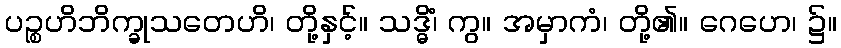
ပဉ္စဟိဘိက္ခုသတေဟိ၊ တို့နှင့်။ သဒ္ဓိံ၊ ကွ။ အမှာကံ၊ တို့၏။ ဂေဟေ၊ ၌။